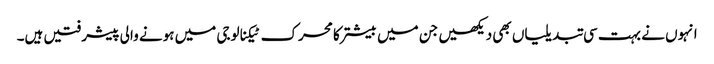
انہوں نے بہت سی تبدیلیاں بھی دیکھیں جن میں بیشتر کا محرک ٹیکنالوجی میں ہونے والی پیشرفتیں ہیں۔